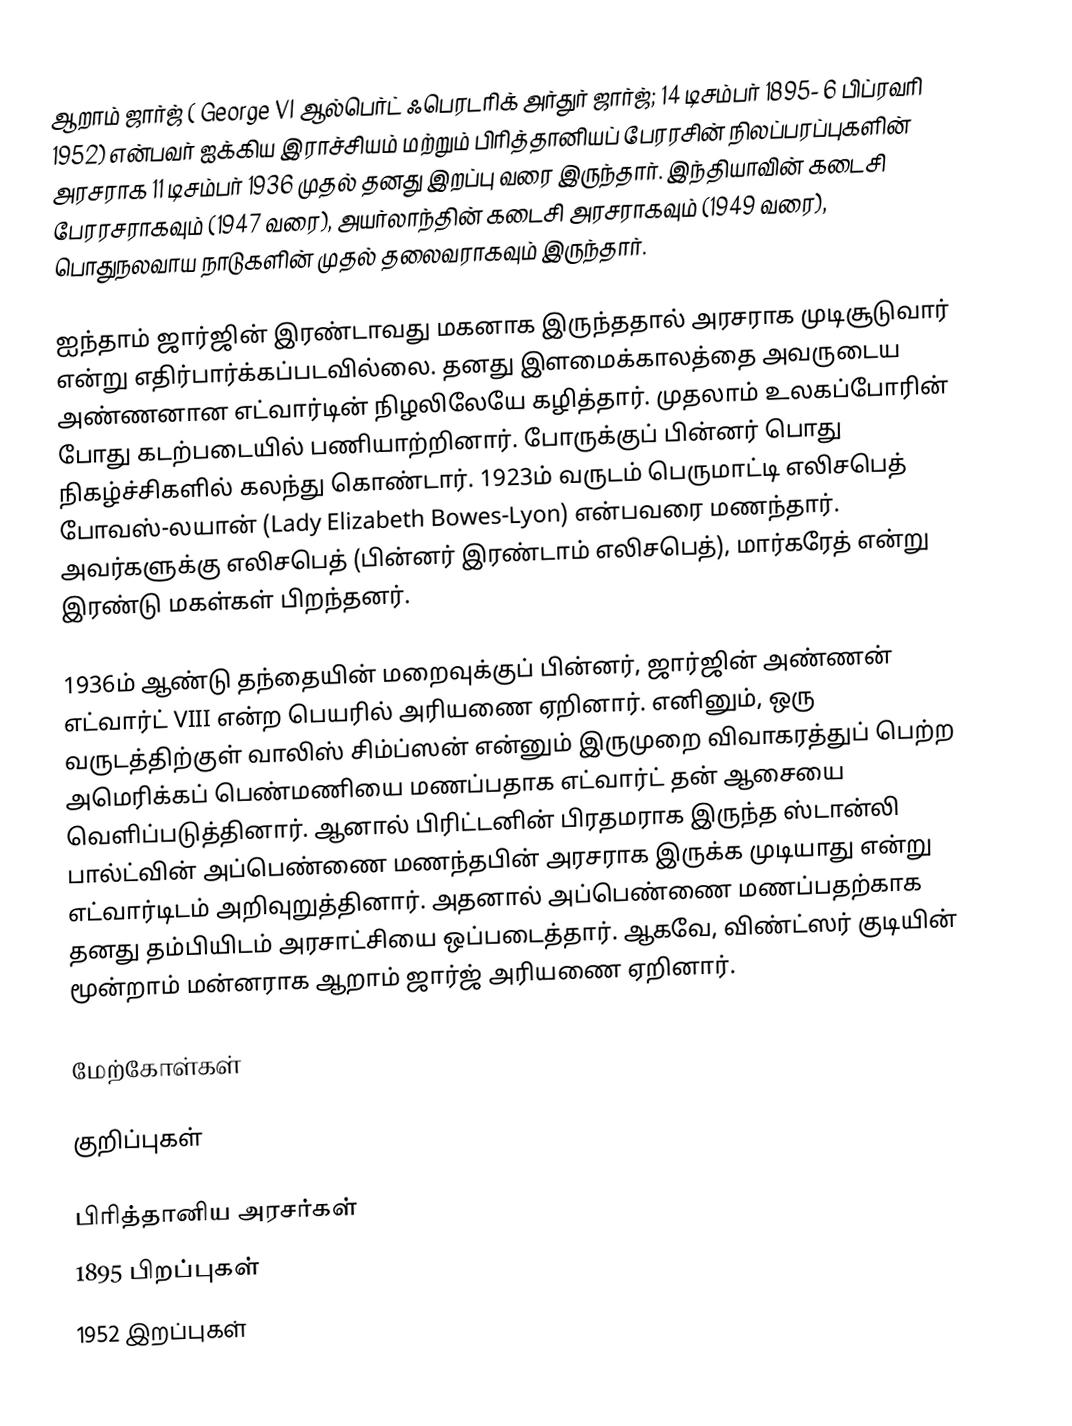
ஆறாம் ஜார்ஜ் ( George VI ஆல்பெர்ட் ஃபெரடரிக் அர்துர் ஜார்ஜ்; 14 டிசம்பர் 1895- 6 பிப்ரவரி 1952) என்பவர் ஐக்கிய இராச்சியம் மற்றும் பிரித்தானியப் பேரரசின் நிலப்பரப்புகளின் அரசராக 11 டிசம்பர் 1936 முதல் தனது இறப்பு வரை இருந்தார். இந்தியாவின் கடைசி பேரரசராகவும் (1947 வரை), அயர்லாந்தின் கடைசி அரசராகவும் (1949 வரை), பொதுநலவாய நாடுகளின் முதல் தலைவராகவும் இருந்தார்.

ஐந்தாம் ஜார்ஜின் இரண்டாவது மகனாக இருந்ததால் அரசராக முடிசூடுவார் என்று எதிர்பார்க்கப்படவில்லை. தனது இளமைக்காலத்தை அவருடைய அண்ணனான எட்வார்டின் நிழலிலேயே கழித்தார். முதலாம் உலகப்போரின் போது கடற்படையில் பணியாற்றினார். போருக்குப் பின்னர் பொது நிகழ்ச்சிகளில் கலந்து கொண்டார். 1923ம் வருடம் பெருமாட்டி எலிசபெத் போவஸ்-லயான் (Lady Elizabeth Bowes-Lyon) என்பவரை மணந்தார். அவர்களுக்கு எலிசபெத் (பின்னர் இரண்டாம் எலிசபெத்), மார்கரேத் என்று இரண்டு மகள்கள் பிறந்தனர்.

1936ம் ஆண்டு தந்தையின் மறைவுக்குப் பின்னர், ஜார்ஜின் அண்ணன் எட்வார்ட் VIII என்ற பெயரில் அரியணை ஏறினார். எனினும், ஒரு வருடத்திற்குள் வாலிஸ் சிம்ப்ஸன் என்னும் இருமுறை விவாகரத்துப் பெற்ற அமெரிக்கப் பெண்மணியை மணப்பதாக எட்வார்ட் தன் ஆசையை வெளிப்படுத்தினார். ஆனால் பிரிட்டனின் பிரதமராக இருந்த ஸ்டான்லி பால்ட்வின் அப்பெண்ணை மணந்தபின் அரசராக இருக்க முடியாது என்று எட்வார்டிடம் அறிவுறுத்தினார். அதனால் அப்பெண்ணை மணப்பதற்காக தனது தம்பியிடம் அரசாட்சியை ஒப்படைத்தார். ஆகவே, விண்ட்ஸர் குடியின் மூன்றாம் மன்னராக ஆறாம் ஜார்ஜ் அரியணை ஏறினார்.

மேற்கோள்கள்

குறிப்புகள்

பிரித்தானிய அரசர்கள்
1895 பிறப்புகள்
1952 இறப்புகள்